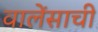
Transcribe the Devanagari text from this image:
वालेंसाची